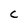
Character: C